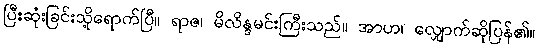
ပြီးဆုံးခြင်းသို့ရောက်ပြီ။ ရာဇ၊ မိလိန္ဒမင်းကြီးသည်။ အာဟ၊ လျှောက်ဆိုပြန်၏။